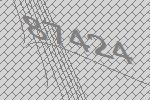
87424